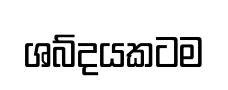
ශබ්දයකටම